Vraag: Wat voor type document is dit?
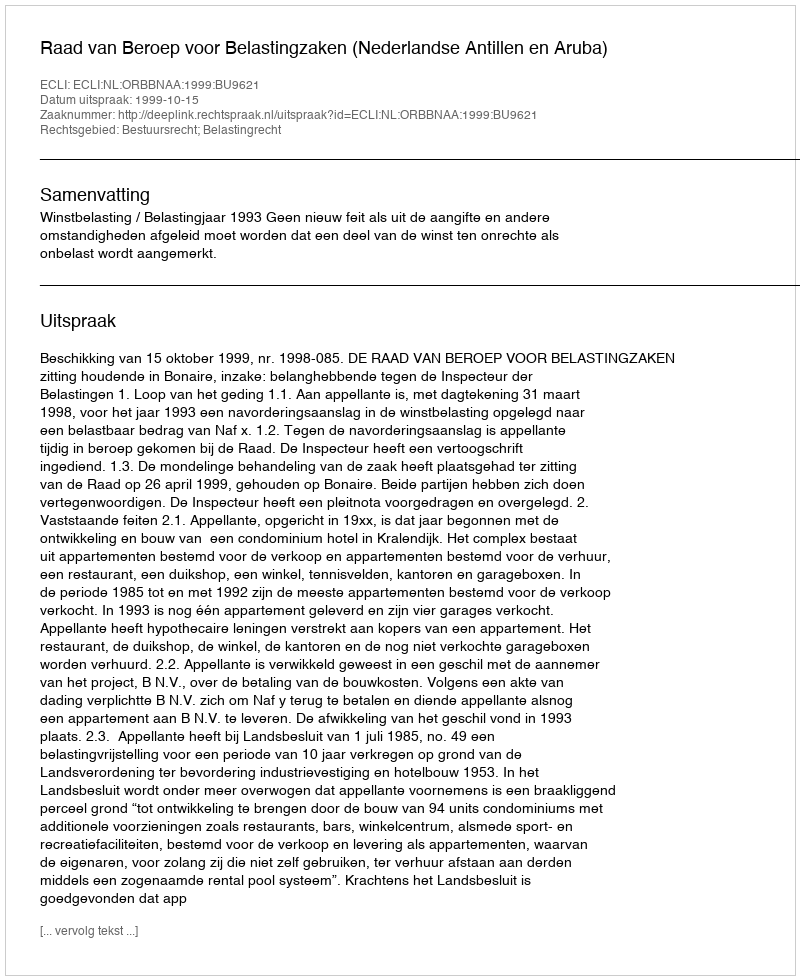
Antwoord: Uitspraak